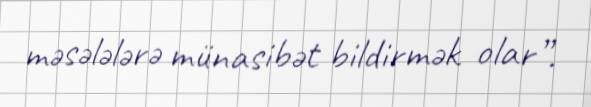
məsələlərə münasibət bildirmək olar”.